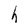
Character: h